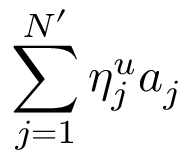
\sum _ { j = 1 } ^ { N ^ { \prime } } \eta _ { j } ^ { u } a _ { j }